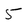
Character: 5